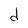
Character: d